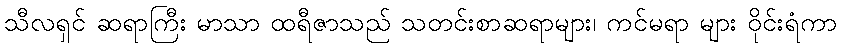
သီလရှင် ဆရာကြီး မာသာ ထရီဇာသည် သတင်းစာဆရာများ၊ ကင်မရာ များ ဝိုင်းရံကာ